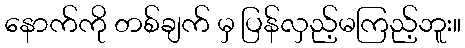
နောက်ကို တစ်ချက် မှ ပြန်လှည့်မကြည့်ဘူး။